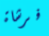
فرشاة